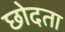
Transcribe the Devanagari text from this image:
छोदता